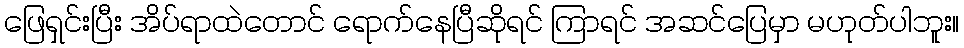
ဖြေရှင်းပြီး အိပ်ရာထဲတောင် ရောက်နေပြီဆိုရင် ကြာရင် အဆင်ပြေမှာ မဟုတ်ပါဘူး။